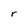
Character: r